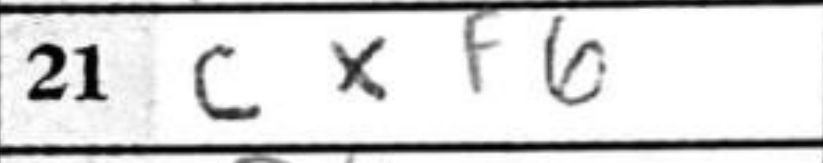
Transcription: cxf6